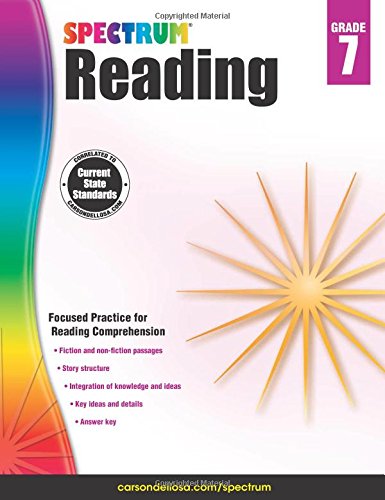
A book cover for Spectrum Reading Workbook, Grade 7; Teen & Young Adult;